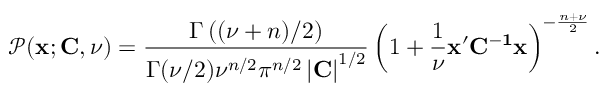
\mathcal { P } ( { \bf x } ; { \bf C } , \nu ) = \frac { \Gamma \left( ( \nu + n ) / 2 \right) } { \Gamma ( \nu / 2 ) \nu ^ { n / 2 } \pi ^ { n / 2 } \left| { \bf { C } } \right| ^ { 1 / 2 } } \left( 1 + \frac { 1 } { \nu } \bf { x } ^ { \prime } \bf { C } ^ { - 1 } \bf { x } \right) ^ { - \frac { n + \nu } { 2 } } .